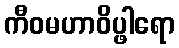
ကီဝမဟာဝိပ္ဖါရော